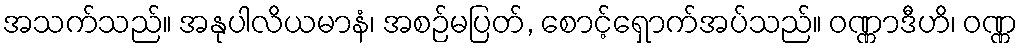
အသက်သည်။ အနုပါလိယမာနံ၊ အစဉ်မပြတ်, စောင့်ရှောက်အပ်သည်။ ဝဏ္ဏာဒီဟိ၊ ဝဏ္ဏ